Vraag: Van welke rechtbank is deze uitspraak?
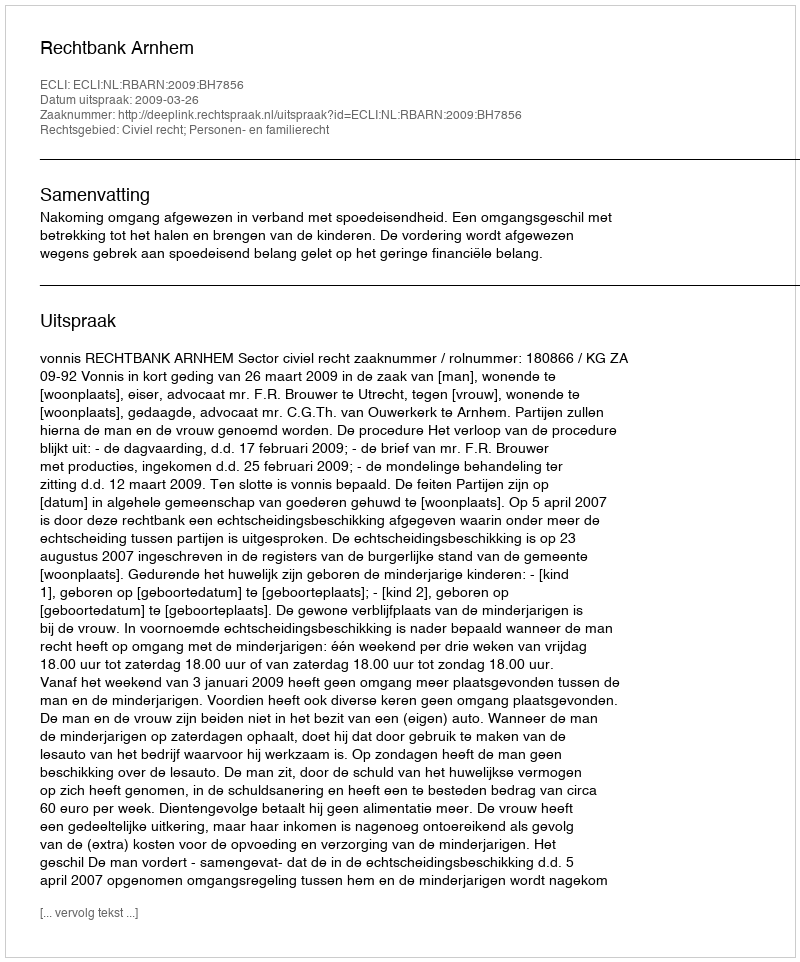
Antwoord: Rechtbank Arnhem